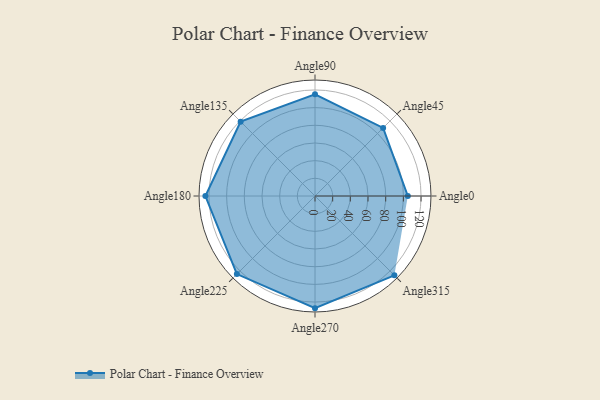
{"axis": {"x": "Angle", "y": "Radius"}, "legend": [""], "data": [{"x": "Angle0", "y": 105.0, "type": ""}, {"x": "Angle45", "y": 109.0, "type": ""}, {"x": "Angle90", "y": 115.0, "type": ""}, {"x": "Angle135", "y": 119.0, "type": ""}, {"x": "Angle180", "y": 124.0, "type": ""}, {"x": "Angle225", "y": 125.0, "type": ""}, {"x": "Angle270", "y": 127.0, "type": ""}, {"x": "Angle315", "y": 127.0, "type": ""}]}